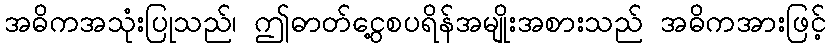
အဓိကအသုံးပြုသည်၊ ဤဓာတ်ငွေ့စပရိန်အမျိုးအစားသည် အဓိကအားဖြင့်